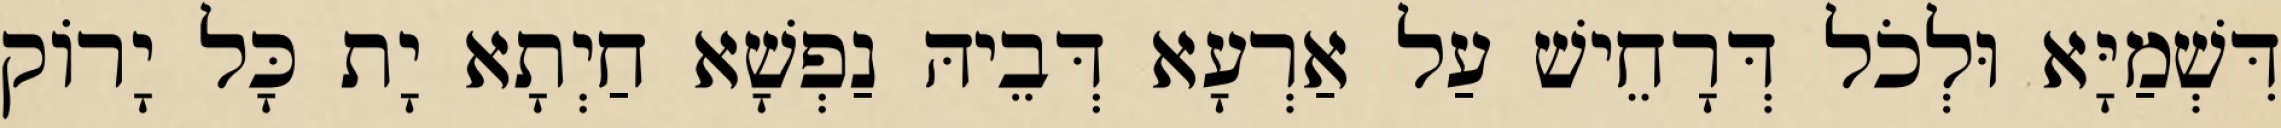
דִּשְׁמַיָּא וּלְכֹל דְּרָחֵישׁ עַל אַרְעָא דְּבֵיהּ נַפְשָׁא חַיְתָא יָת כָּל יָרוֹק